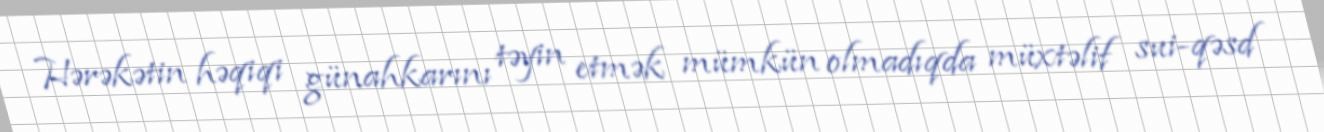
Hərəkətin həqiqi günahkarını təyin etmək mümkün olmadıqda müxtəlif sui-qəsd